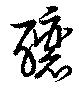
醸